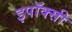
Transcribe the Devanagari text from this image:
इपॉक्सी